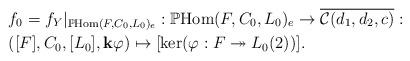
LaTeX: \begin{align*}& f_0=f_Y|_{\mathbb{P}\mathrm{Hom}(F,C_0,L_0)_e}: \mathbb{P} \mathrm{Hom}(F,C_0,L_0)_e \to\overline{\mathcal{C}(d_1,d_2,c)}: \\ & ([F],C_0,[L_0],\mathbf{k}\varphi) \mapsto [\ker(\varphi:F\twoheadrightarrow L_0(2))].\end{align*}